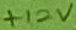
Text: +12V